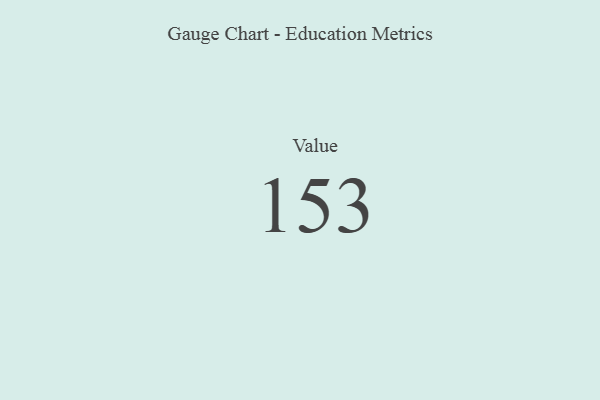
{"axis": {"x": "Metric", "y": "Value"}, "legend": [""], "data": [{"x": "Value", "y": 153, "type": ""}]}